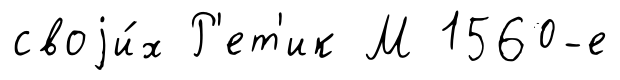
своjи́х Р'ет'ик М 1560-е